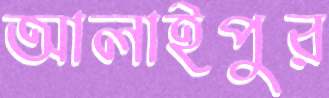
আলাইপুর